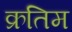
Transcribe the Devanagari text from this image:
क्रतिम